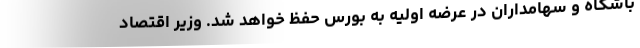
باشگاه و سهامداران در عرضه اولیه به بورس حفظ خواهد شد. وزیر اقتصاد